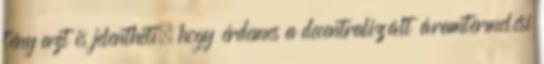
tény azt is jelentheti, hogy érdemes a decentralizált áramtermelési